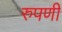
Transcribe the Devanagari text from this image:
रुपणी